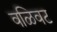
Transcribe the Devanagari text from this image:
वळिवट